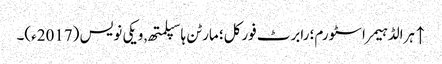
↑ ہرالڈ ہیمر اسٹورم؛ رابرٹ فورکل؛ مارٹن ہاسپلمتھ, ویکی نویس (2017ء)۔